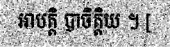
អាបត្តិ បាចិត្តិយ ។ [